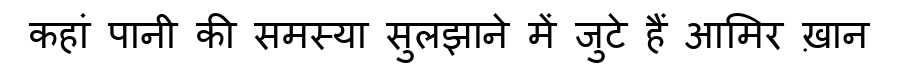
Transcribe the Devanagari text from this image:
कहां पानी की समस्या सुलझाने में जुटे हैं आमिर ख़ान